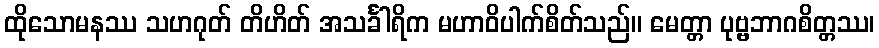
ထိုသောမနဿ သဟဂုတ် တိဟိတ် အသင်္ခါရိက မဟာဝိပါက်စိတ်သည်။ မေတ္တာ ပုဗ္ဗဘာဂစိတ္တဿ၊